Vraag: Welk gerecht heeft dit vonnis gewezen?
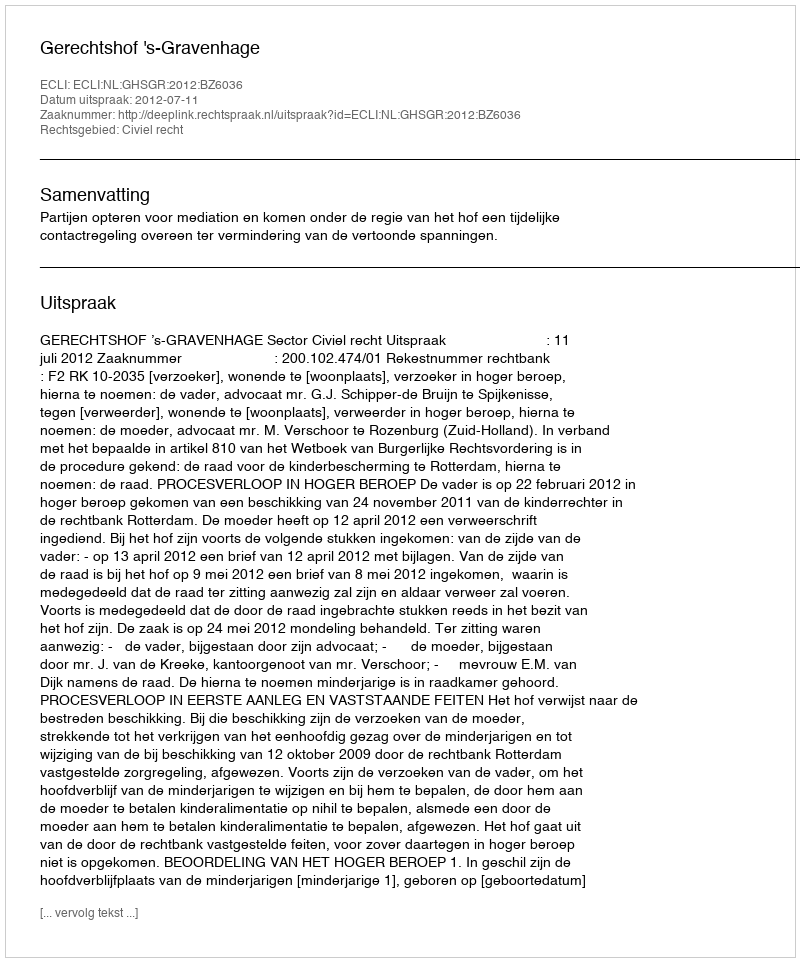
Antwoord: Gerechtshof 's-Gravenhage